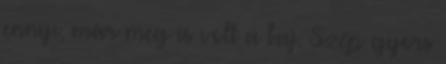
ennyi, már meg is volt a baj. Szép gyors